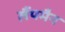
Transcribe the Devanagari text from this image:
लैंपमैन